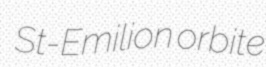
St-Emilion orbite